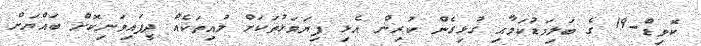
ކޮވިޑް-19 ގެ ބަލިމަޑުކަމާއި ގުޅިގެން ކުރިން އެޅި ފިޔަވަޅުތަކަށް ލުއިތަކެއް ދީފައިވަނިކޮށް ބައްޔަށް